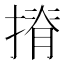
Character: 𢱣